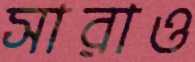
সারাও